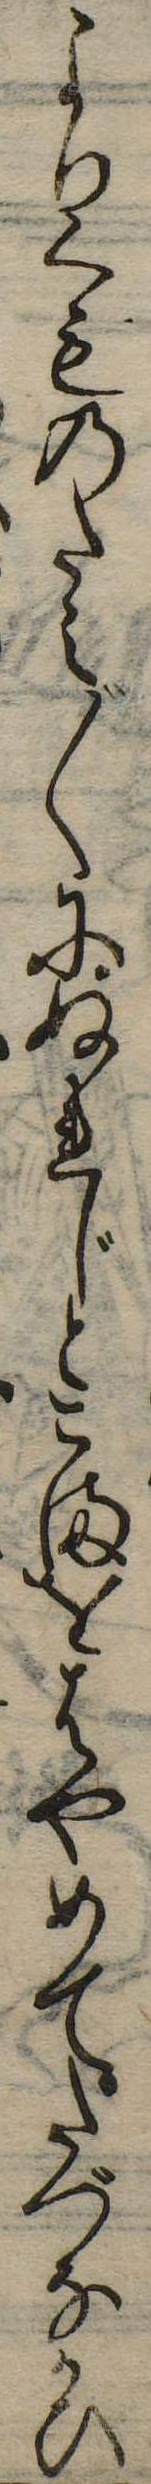
よりくものたえ〲にぬれじとこまをはやめてたづなかひ